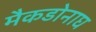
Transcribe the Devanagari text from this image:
मैकडोनाघ